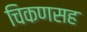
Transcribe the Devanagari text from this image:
चिकणसह